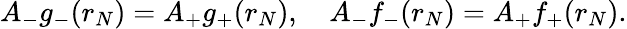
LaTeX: A_{-}g_{-}(r_{N})=A_{+}g_{+}(r_{N}),\quad A_{-}f_{-}(r_{N})=A_{+}f_{+}(r_{N}).